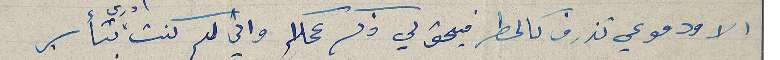
الا ودموعي تذرف كالمطر فيحق لي ذكر عملكم واني لم كنت ادري بتأسير